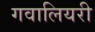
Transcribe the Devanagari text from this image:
गवालियरी